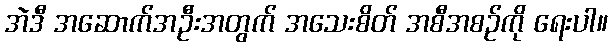
အဲဒီ အဆောက်အဦးအတွက် အသေးစိတ် အစီအစဉ်ကို ရေးပါ။